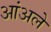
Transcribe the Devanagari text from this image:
आंअले